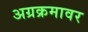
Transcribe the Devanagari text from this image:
अग्रक्रमावर